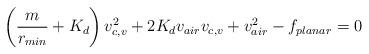
LaTeX: \begin{align*}\left(\frac{m}{r_{min}} + K_d\right) v_{c,v}^2 + 2K_d v_{air} v_{c,v} + v_{air}^2 - f_{planar} = 0\end{align*}